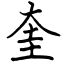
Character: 奎